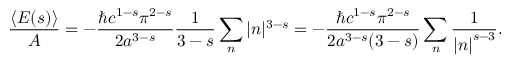
{ \frac { \langle E ( s ) \rangle } { A } } = - { \frac { \hbar c ^ { 1 - s } \pi ^ { 2 - s } } { 2 a ^ { 3 - s } } } { \frac { 1 } { 3 - s } } \sum _ { n } \vert n \vert ^ { 3 - s } = - { \frac { \hbar c ^ { 1 - s } \pi ^ { 2 - s } } { 2 a ^ { 3 - s } ( 3 - s ) } } \sum _ { n } { \frac { 1 } { \left| n \right| ^ { s - 3 } } } .